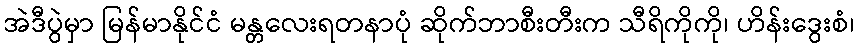
အဲဒီပွဲမှာ မြန်မာနိုင်ငံ မန္တလေးရတနာပုံ ဆိုက်ဘာစီးတီးက သီရိကိုကို၊ ဟိန်းဒွေးစံ၊